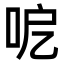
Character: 呝